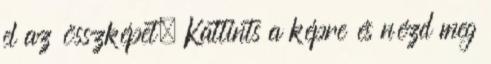
el az összképet. Kattints a képre és nézd meg